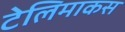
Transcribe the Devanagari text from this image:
टेलिमाकस